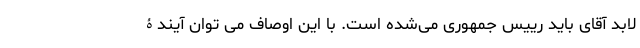
لابد آقای باید رییس جمهوری می‌شده است. با این اوصاف می توان آیندۀ